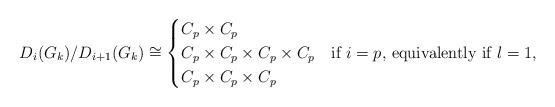
LaTeX: \begin{align*} D_i(G_k)/D_{i+1}(G_k)\cong \begin{cases} C_p \times C_p & \\ C_p \times C_p \times C_p \times C_p & \text{if $i=p$, equivalently if $l = 1$,} \\ C_p \times C_p \times C_p & \end{cases} \end{align*}